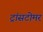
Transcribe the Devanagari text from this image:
ट्रांसटोमर